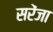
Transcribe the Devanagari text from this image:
सरेंजा